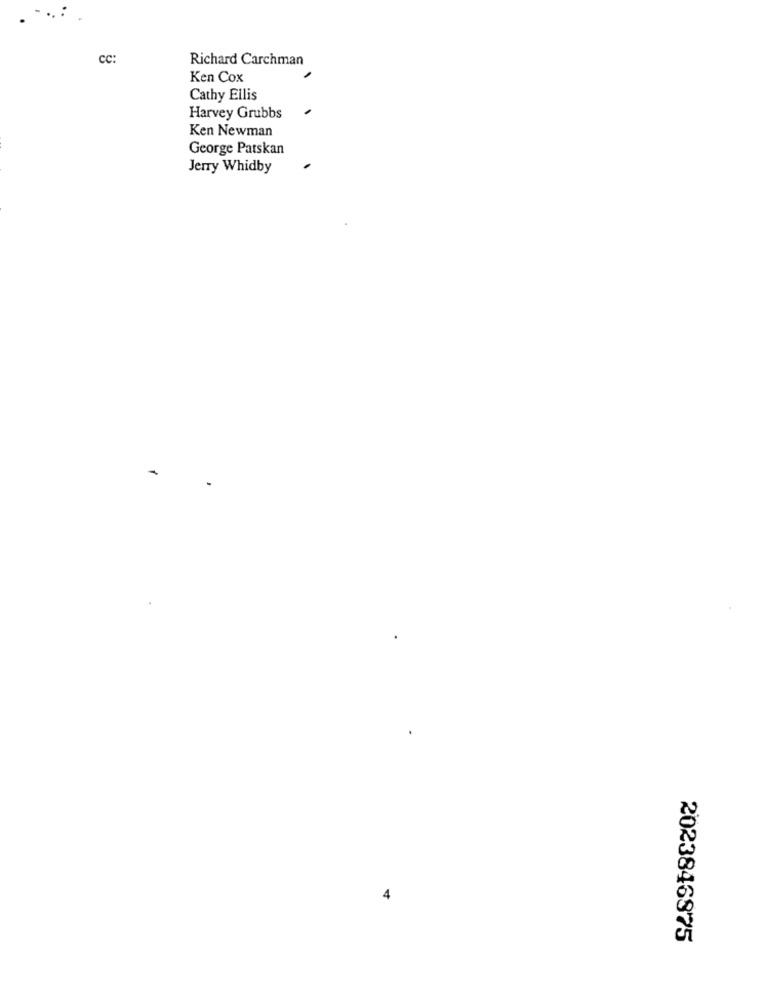
cc:
Richard Carchman
Ken Cox
Cathy Ellis
Harvey Grubbs
Ken Newman
George Patskan
Jerry Whidby
4
2023846875